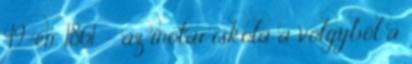
49-en. 1861. – az inotai iskola a völgyből a